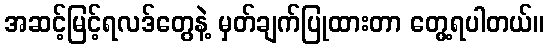
အဆင့်မြင့်ရလဒ်တွေနဲ့ မှတ်ချက်ပြုထားတာ တွေ့ရပါတယ်။